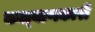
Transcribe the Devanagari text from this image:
कल्‍याणकारी